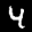
Label: 4